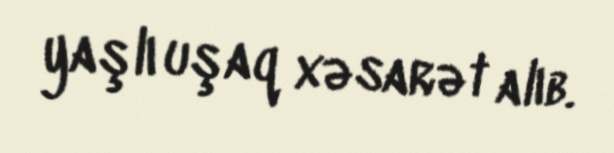
yaşlı uşaq xəsarət alıb.